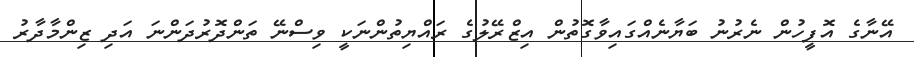
އޭނާގެ އޮފީހުން ނެރުނު ބަޔާނެއްގައިވާގޮތުން އިޒްރޭލުގެ ރައްޔިތުންނަކީ ވިސްނޭ ތަންދޮރުދަންނަ އަދި ޒިންމާދާރު